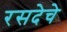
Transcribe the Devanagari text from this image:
रसदेचे